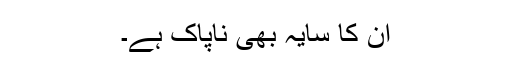
ان کا سایہ بھی ناپاک ہے۔